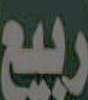
ربيع